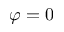
\varphi = 0